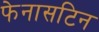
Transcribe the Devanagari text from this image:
फेनासटिन